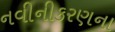
નવીનીકરણના